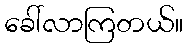
ခေါ်လာကြတယ်။